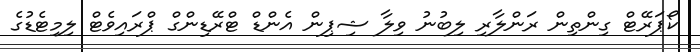
ކޯޕަރޭޓް ގިންތިން ރަންލާރި ލިބުނު ވިލާ ޝިޕިން އެންޑް ޓްރޭޑިންގް ޕްރައިވެޓް ލިމިޓެޑުގެ